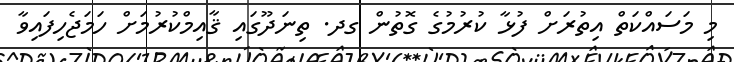
މި މަސައްކަތް އިތުރަށް ފުޅާ ކުރުމުގެ ގޮތުން ގދ. ތިނަދޫގައި ޤާއިމްކުރުމަށް ހަމަޖެހިފައިވާ